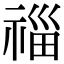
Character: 𥚉